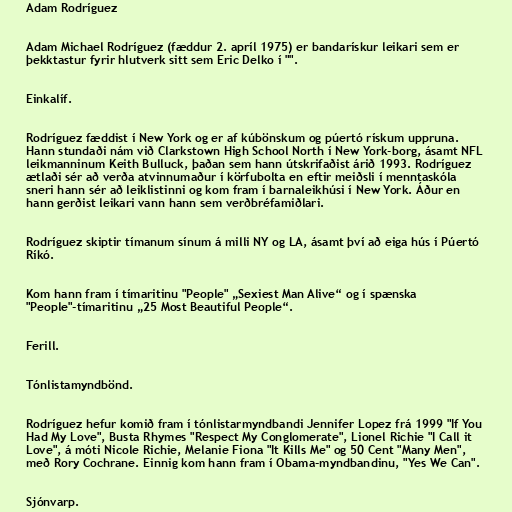
Adam Rodríguez

Adam Michael Rodríguez (fæddur 2. apríl 1975) er bandarískur leikari sem er
þekktastur fyrir hlutverk sitt sem Eric Delko í "".

Einkalíf.

Rodríguez fæddist í New York og er af kúbönskum og púertó rískum uppruna.
Hann stundaði nám við Clarkstown High School North í New York-borg, ásamt NFL
leikmanninum Keith Bulluck, þaðan sem hann útskrifaðist árið 1993. Rodríguez
ætlaði sér að verða atvinnumaður í körfubolta en eftir meiðsli í menntaskóla
sneri hann sér að leiklistinni og kom fram í barnaleikhúsi í New York. Áður en
hann gerðist leikari vann hann sem verðbréfamiðlari.

Rodríguez skiptir tímanum sínum á milli NY og LA, ásamt því að eiga hús í Púertó
Ríkó.

Kom hann fram í tímaritinu "People" „Sexiest Man Alive“ og í spænska
"People"-tímaritinu „25 Most Beautiful People“.

Ferill.

Tónlistamyndbönd.

Rodríguez hefur komið fram í tónlistarmyndbandi Jennifer Lopez frá 1999 "If You
Had My Love", Busta Rhymes "Respect My Conglomerate", Lionel Richie "I Call it
Love", á móti Nicole Richie, Melanie Fiona "It Kills Me" og 50 Cent "Many Men",
með Rory Cochrane. Einnig kom hann fram í Obama-myndbandinu, "Yes We Can".

Sjónvarp.